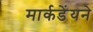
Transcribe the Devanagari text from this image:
मार्कडेंयने